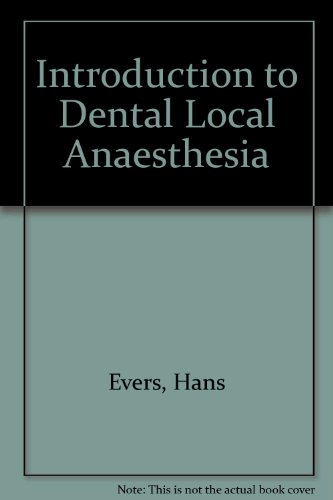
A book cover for Introduction to Dental Local Anaesthesia; Hans Evers; Medical Books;